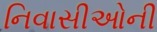
નિવાસીઓની